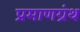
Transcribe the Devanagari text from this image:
प्रमाणग्रंथ